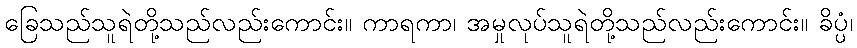
ခြေသည်သူရဲတို့သည်လည်းကောင်း။ ကာရကာ၊ အမှုလုပ်သူရဲတို့သည်လည်းကောင်း။ ခိပ္ပံ၊